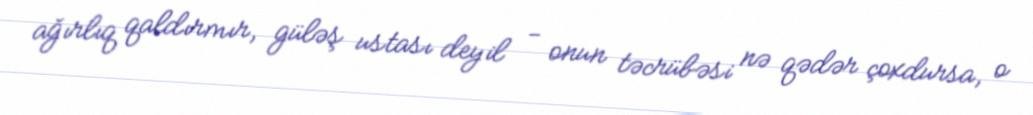
ağırlıq qaldırmır, güləş ustası deyil - onun təcrübəsi nə qədər çoxdursa, o